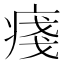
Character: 𤷃